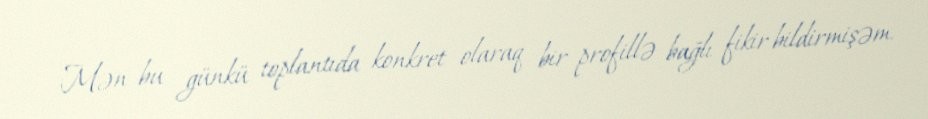
Mən bu günkü toplantıda konkret olaraq bir profillə bağlı fikir bildirmişəm.